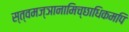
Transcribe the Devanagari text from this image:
स्त्वमज्ञानामिच्छाधिकमपि